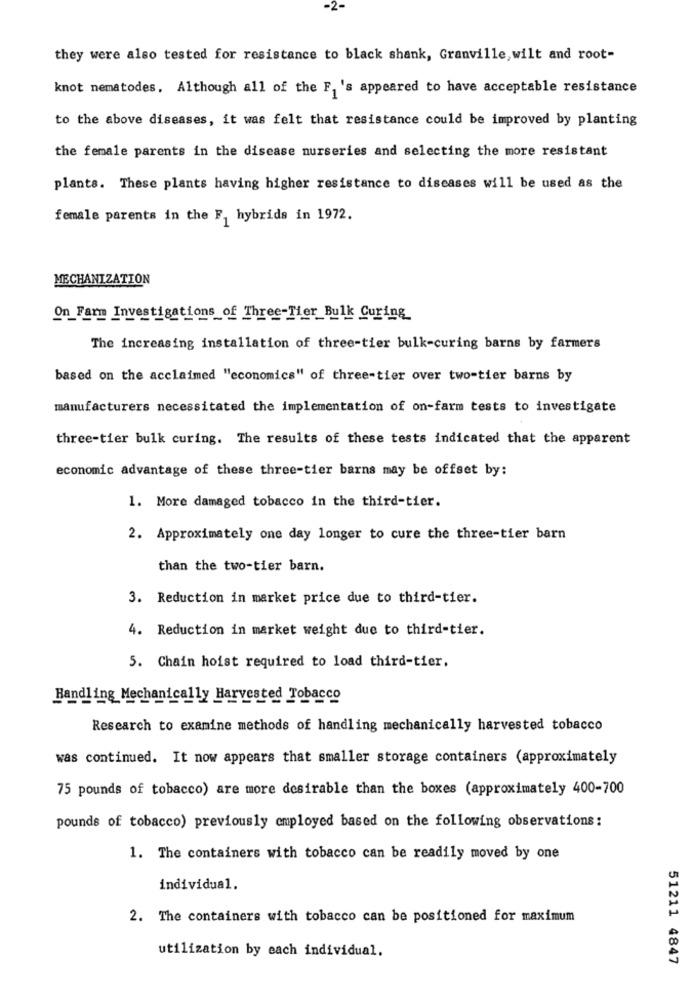
they were also tested for resistance to black shank, Granville, wilt and root-
knot nematodes, Although all of the F, 's appeared to have acceptable resistance
to the above diseases, it was felt that resistance could be improved by planting
the female parents in the disease nurseries and selecting the more resistant
plants. These plants having higher resistance to diseases will be used as the
female parents in the F, hybrids in 1972.
MECHANIZATION
On_Farm Investigations of Three-Tier Bulk Curing
The increasing installation of three-tier bulk-curing barns by farmers
based on the acclaimed "economics" of three-tier over two-tier barns by
manufacturers necessitated the implementation of on-farm tests to investigate
three-tier bulk curing. The results of these tests indicated that the apparent
economic advantage of these three-tier barns may be offset by:
1. More damaged tobacco in the third-tier.
2. Approximately one day longer to cure the three-tier barn
than the two-tier barn.
3. Reduction in market price due to third-tier.
4. Reduction in market weight due to third-tier.
5. Chain hoist required to load third-tier.
dling Mechanically Harvested Tobacco
Research to examine methods of handling mechanically harvested tobacco
was continued. It now appears that smaller storage containers (approximately
75 pounds of tobacco) are more desirable than the boxes (approximately 400-700
pounds of tobacco) previously employed based on the following observations:
1. The containers with tobacco can be readily moved by one
individual.
2. The containers with tobacco can be positioned for maximum
utilization by each individual.
51211 4847